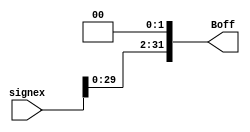
module shift_left_two (
input[31:0] signex,
output[31:0] Boff);
assign Boff = signex << 2;
endmodule